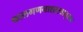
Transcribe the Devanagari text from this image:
कालगणनाशास्त्रानुसार